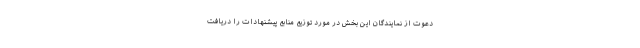
دعوت از نمایندگان این بخش در مورد توزیع منابع پیشنهادات را دریافت